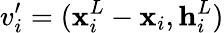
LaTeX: v_{i}^{\prime}=(\mathbf{x}_{i}^{L}-\mathbf{x}_{i},\mathbf{h}_{i}^{L})